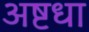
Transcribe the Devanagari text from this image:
अष्टधा